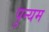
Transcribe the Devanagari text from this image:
पुन्यम